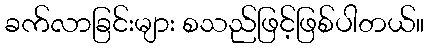
ခက်လာခြင်းများ စသည်ဖြင့်ဖြစ်ပါတယ်။